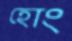
হোং